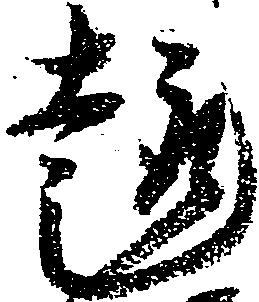
趣